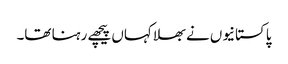
پاکستانیوں نے بھلا کہاں پیچھے رہنا تھا۔